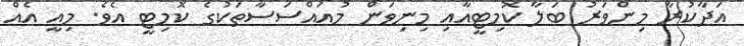
އަދާކުރާ މިންވަރު ބަލާ ކޮމިޓީއާއި މިނިވަން މުއައްސަސާތަކުގެ ކޮމިޓީ އެވެ. މިއީ އެއް